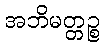
အဘိမတ္တဉ္စ